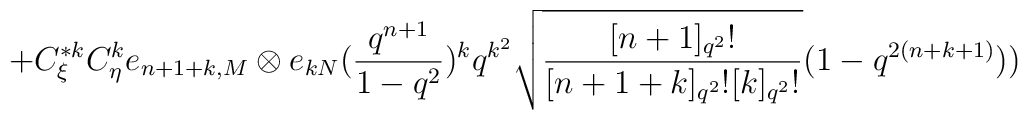
+C^{*k}_{\xi}C^{k}_{\eta}e_{n+1+k,M}\otimes e_{kN}(\frac{q^{n+1}}{1-q^{2}})^{k}q^{k^{2}}\sqrt{\frac{[n+1]_{q^{2}}!}{[n+1+k]_{q^{2}}![k]_{q^{2}}!}}(1-q^{2(n+k+1)}))